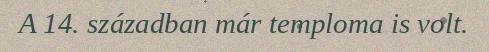
A 14. században már temploma is volt.